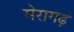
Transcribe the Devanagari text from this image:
मेरागढ़